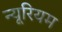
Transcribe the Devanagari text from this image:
न्यूरियम